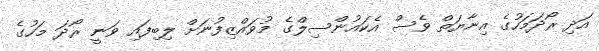
އަދި ރޯދަމަހުގެ އިނާޔަތް ވެސް އެކައުންސިލްގެ މުވައްޒިފުނަށް ލިބިފައި ވަނީ ރޯދަ މަހުގެ